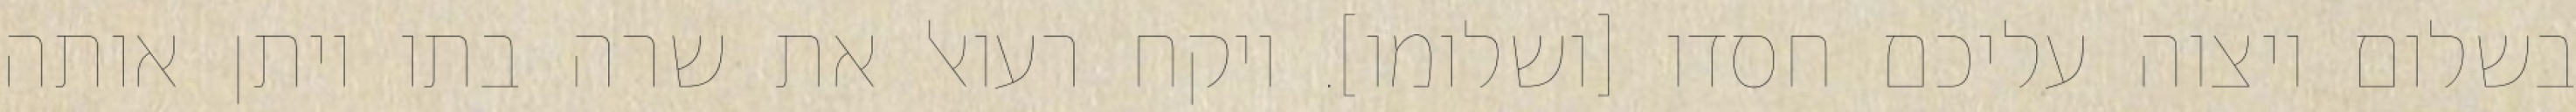
בשלום ויצוה עליכם חסדו [ושלומו]. ויקח רעואל את שרה בתו ויתן אותה